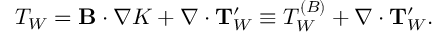
T _ { \cal { W } } = { \bf { B } } \cdot \nabla { \cal { K } } + \nabla \cdot { \bf { T } } _ { \cal { W } } ^ { \prime } \equiv T _ { \cal { W } } ^ { ( B ) } + \nabla \cdot { \bf { T } } _ { \cal { W } } ^ { \prime } .